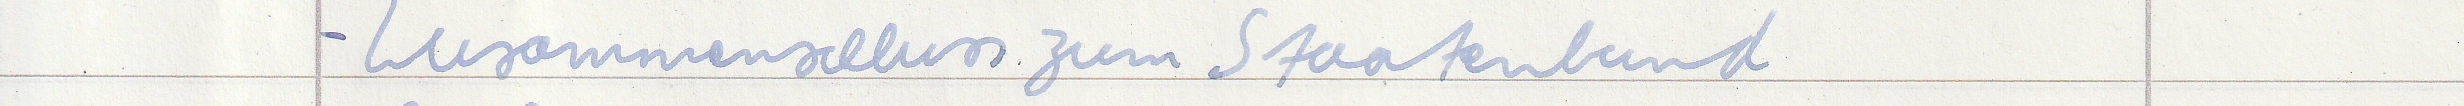
- Zusammenschluss zum Staatenbund